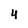
Character: 4